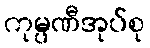
ကုမ္ပဏီအုပ်စု